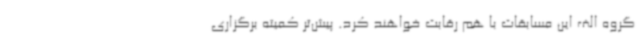
گروه الف این مسابقات با هم رقابت خواهند کرد. پیش‌تر کمیته برگزاری